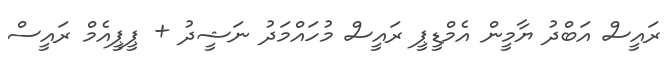
ރައީސް އަބްދު ޔާމީން އެމްޑީޕީ ރައީސް މުހައްމަދު ނަޝީދު + ޕީޕީއެމް ރައީސް